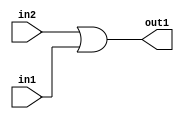
`timescale 1ps / 1ps
/*****************************************************************************
    Verilog RTL Description
    
    
    Created by: Stratus DpOpt 2019.1.01 
*******************************************************************************/

module st_weight_addr_gen_Or_1Ux1U_1U_4_0 (
	in2,
	in1,
	out1
	); /* architecture "behavioural" */ 
input  in2,
	in1;
output  out1;
wire  asc001;

assign asc001 = 
	(in2)
	|(in1);

assign out1 = asc001;
endmodule

/* CADENCE  urfwQgA= : u9/ySgnWtBlWxVPRXgAZ4Og= ** DO NOT EDIT THIS LINE ******/